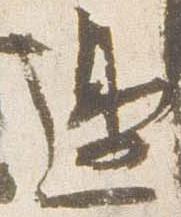
辺